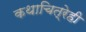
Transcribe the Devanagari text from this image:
कथाचित्रेही